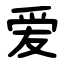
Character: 爱